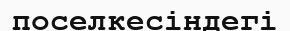
поселкесіндегі